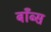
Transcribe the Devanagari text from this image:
बाँब्स